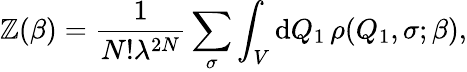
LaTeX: \mathbb{Z}(\beta)=\frac{{1}}{{N!\lambda^{2N}}}\sum_{\sigma}\int_{V}{\mathrm{{d}}}Q_{1}\, \rho(Q_{1},\sigma;\beta),